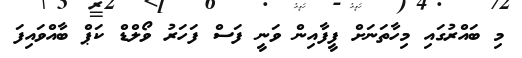
މި ބައްރުގައި މިހާތަނަށް ފީފާއިން ވަނީ ފަސް ފަހަރު ވޯލްޑް ކަޕް ބާއްވައިފަ